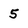
Character: 5